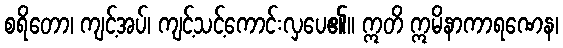
စရိတော၊ ကျင့်အပ်၊ ကျင့်သင့်ကောင်းလှပေ၏။ ဣတိ ဣမိနာကာရဏေန၊